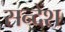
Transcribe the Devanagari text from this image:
सन्देंश